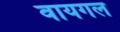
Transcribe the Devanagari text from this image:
वायगल